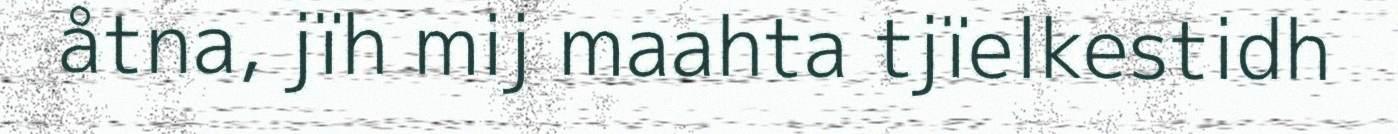
åtna, jïh mij maahta tjïelkestidh